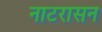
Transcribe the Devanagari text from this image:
नाटरासन